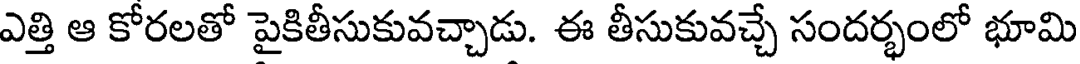
ఎత్తి ఆ కోరలతో పైకితీసుకువచ్చాడు. ఈ తీసుకువచ్చే సందర్భంలో భూమి